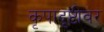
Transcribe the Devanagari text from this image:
कृपादृष्टीवर